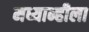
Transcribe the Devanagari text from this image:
मध्यान्हीला